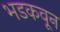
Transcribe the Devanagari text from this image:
भडकवून